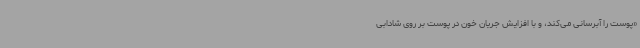
«پوست را آبرسانی می‌کند، و با افزایش جریان خون در پوست بر روی شادابی